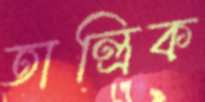
তান্ত্রিক